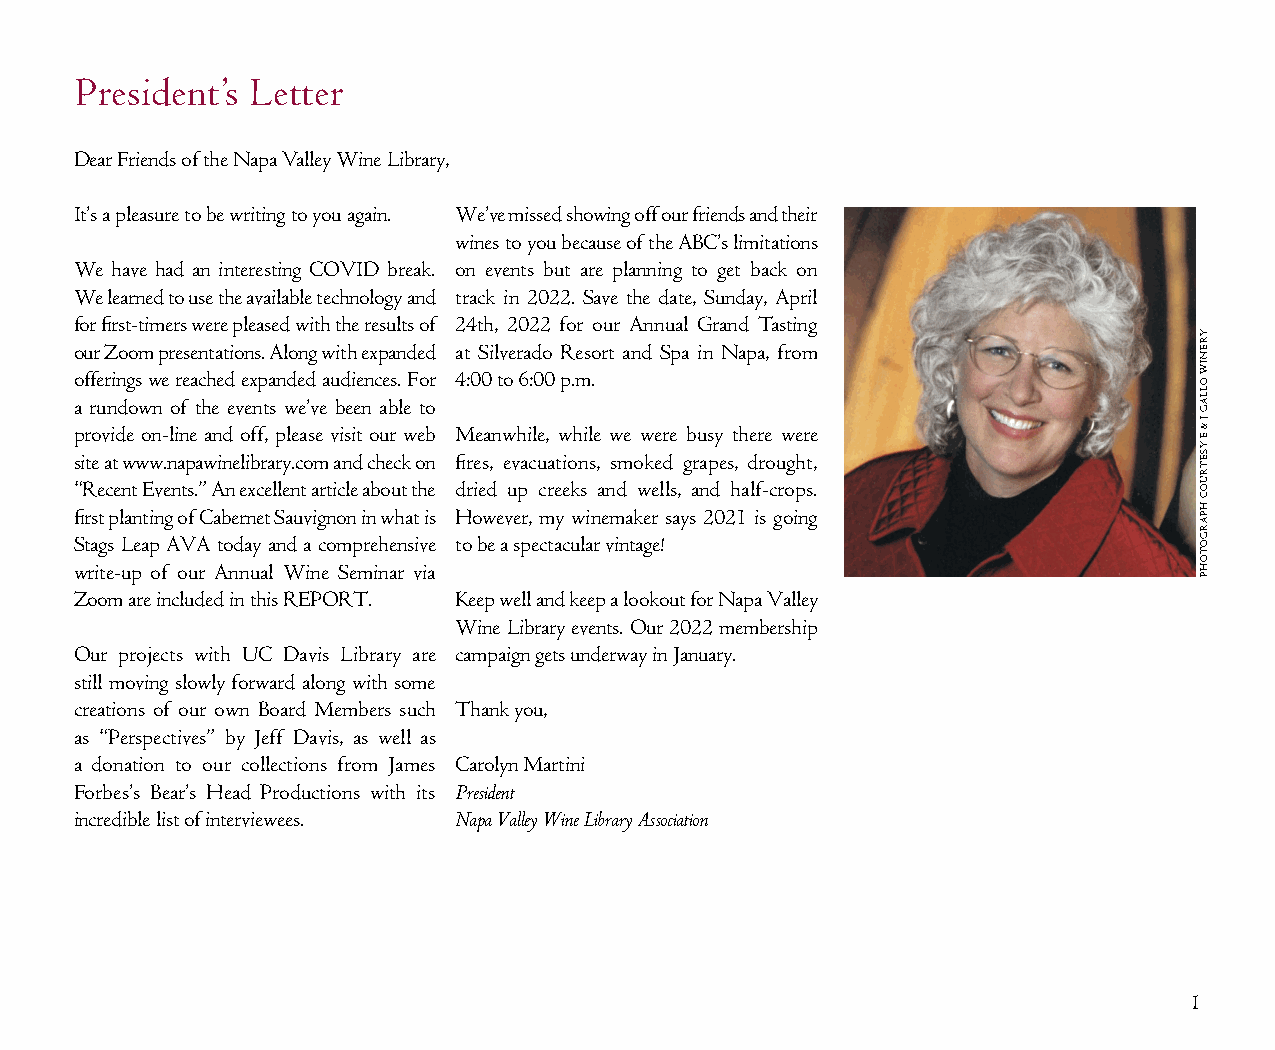
President’s Letter
 Dear Friends of the Napa Valley Wine Library,
 It’s a pleasure to be writing to you again. We’ve missed showing off our friends and their
 wines to you because of the ABC’s limitations
 We have had an interesting COVID break. on events but are planning to get back on
 We learned to use the available technology and track in 2022. Save the date, Sunday, April
 for first-timers were pleased with the results of 24th, 2022 for our Annual Grand Tasting
 our Zoom presentations. Along with expanded at Silverado Resort and Spa in Napa, from
 offerings we reached expanded audiences. For 4:00 to 6:00 p.m.
 a rundown of the events we’ve been able to
 provide on-line and off, please visit our web Meanwhile, while we were busy there were
 site at www.napawinelibrary.com and check on fires, evacuations, smoked grapes, drought,
 “Recent Events.” An excellent article about the dried up creeks and wells, and half-crops.
 first planting of Cabernet Sauvignon in what is However, my winemaker says 2021 is going
 Stags Leap AVA today and a comprehensive to be a spectacular vintage!
 write-up of our Annual Wine Seminar via
 Zoom are included in this REPORT. Keep well and keep a lookout for Napa Valley
 Wine Library events. Our 2022 membership
 Our projects with UC Davis Library are campaign gets underway in January.
 still moving slowly forward along with some
 creations of our own Board Members such Thank you,
 as “Perspectives” by Jeff Davis, as well as
 a donation to our collections from James Carolyn Martini
 Forbes’s Bear’s Head Productions with its President
 incredible list of interviewees. Napa Valley Wine Library Association
 1
 YRENIW
 OLLAG
 J
 &
 E
 YSETRUOC
 HPARGOTOHP